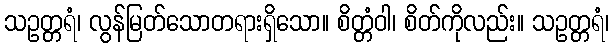
သဥတ္တရံ၊ လွန်မြတ်သောတရားရှိသော။ စိတ္တံဝါ၊ စိတ်ကိုလည်း။ သဥတ္တရံ၊